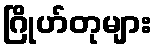
ဂြိုဟ်တုများ